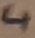
Text: 4